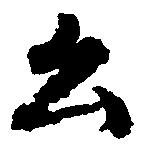
公